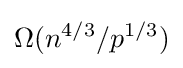
\Omega (n^{4/3}/p^{1/3})